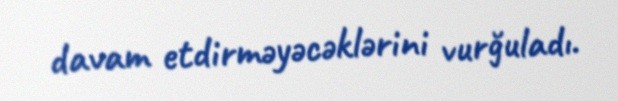
davam etdirməyəcəklərini vurğuladı.